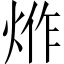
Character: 𤉔